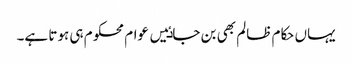
یہاں حکام ظالم بھی بن جاٸیں عوام محکوم ہی ہوتا ہے۔